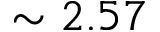
\sim 2 . 5 7